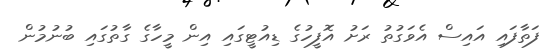
ފަތާފައި އައިސް އެވަގުތު ރަށު އޮފީހުގެ ޑިއުޓީގައި އިން މީހާގެ ގާތުގައި ބުނުމުން